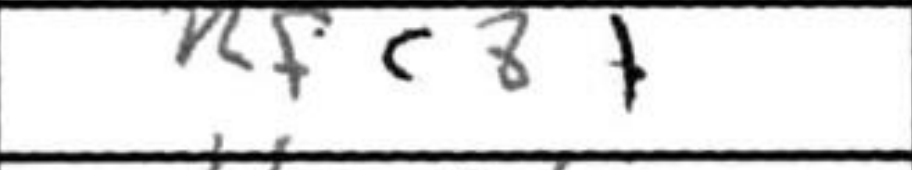
Transcription: Rfc8+